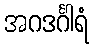
အဂဒင်္ဂါရံ